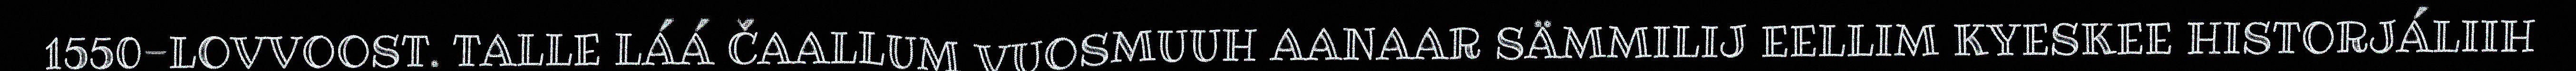
1550-LOVVOOST. TALLE LÁÁ ČAALLUM VUOSMUUH AANAAR SÄMMILIJ EELLIM KYESKEE HISTORJÁLIIH